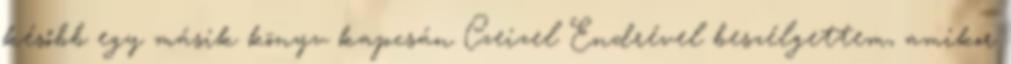
később egy másik könyv kapcsán Czeizel Endrével beszélgettem, amikor